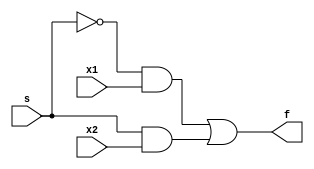
`timescale 1ns / 1ps
//////////////////////////////////////////////////////////////////////////////////

// ID     : N180116
//Branch  : ECE
//Project : RTL design using Verilog
//Design  : Data Flow Modeling style
//Module  : Data_Flow_Modelling_Style_mux2x1
//RGUKT NUZVID 
//////////////////////////////////////////////////////////////////////////////////


module Data_Flow_Modelling_Style_mux2x1(x1,x2,s,f);
input x1,x2,s;
output f;

assign f = (~s & x1)| (s & x2);
endmodule